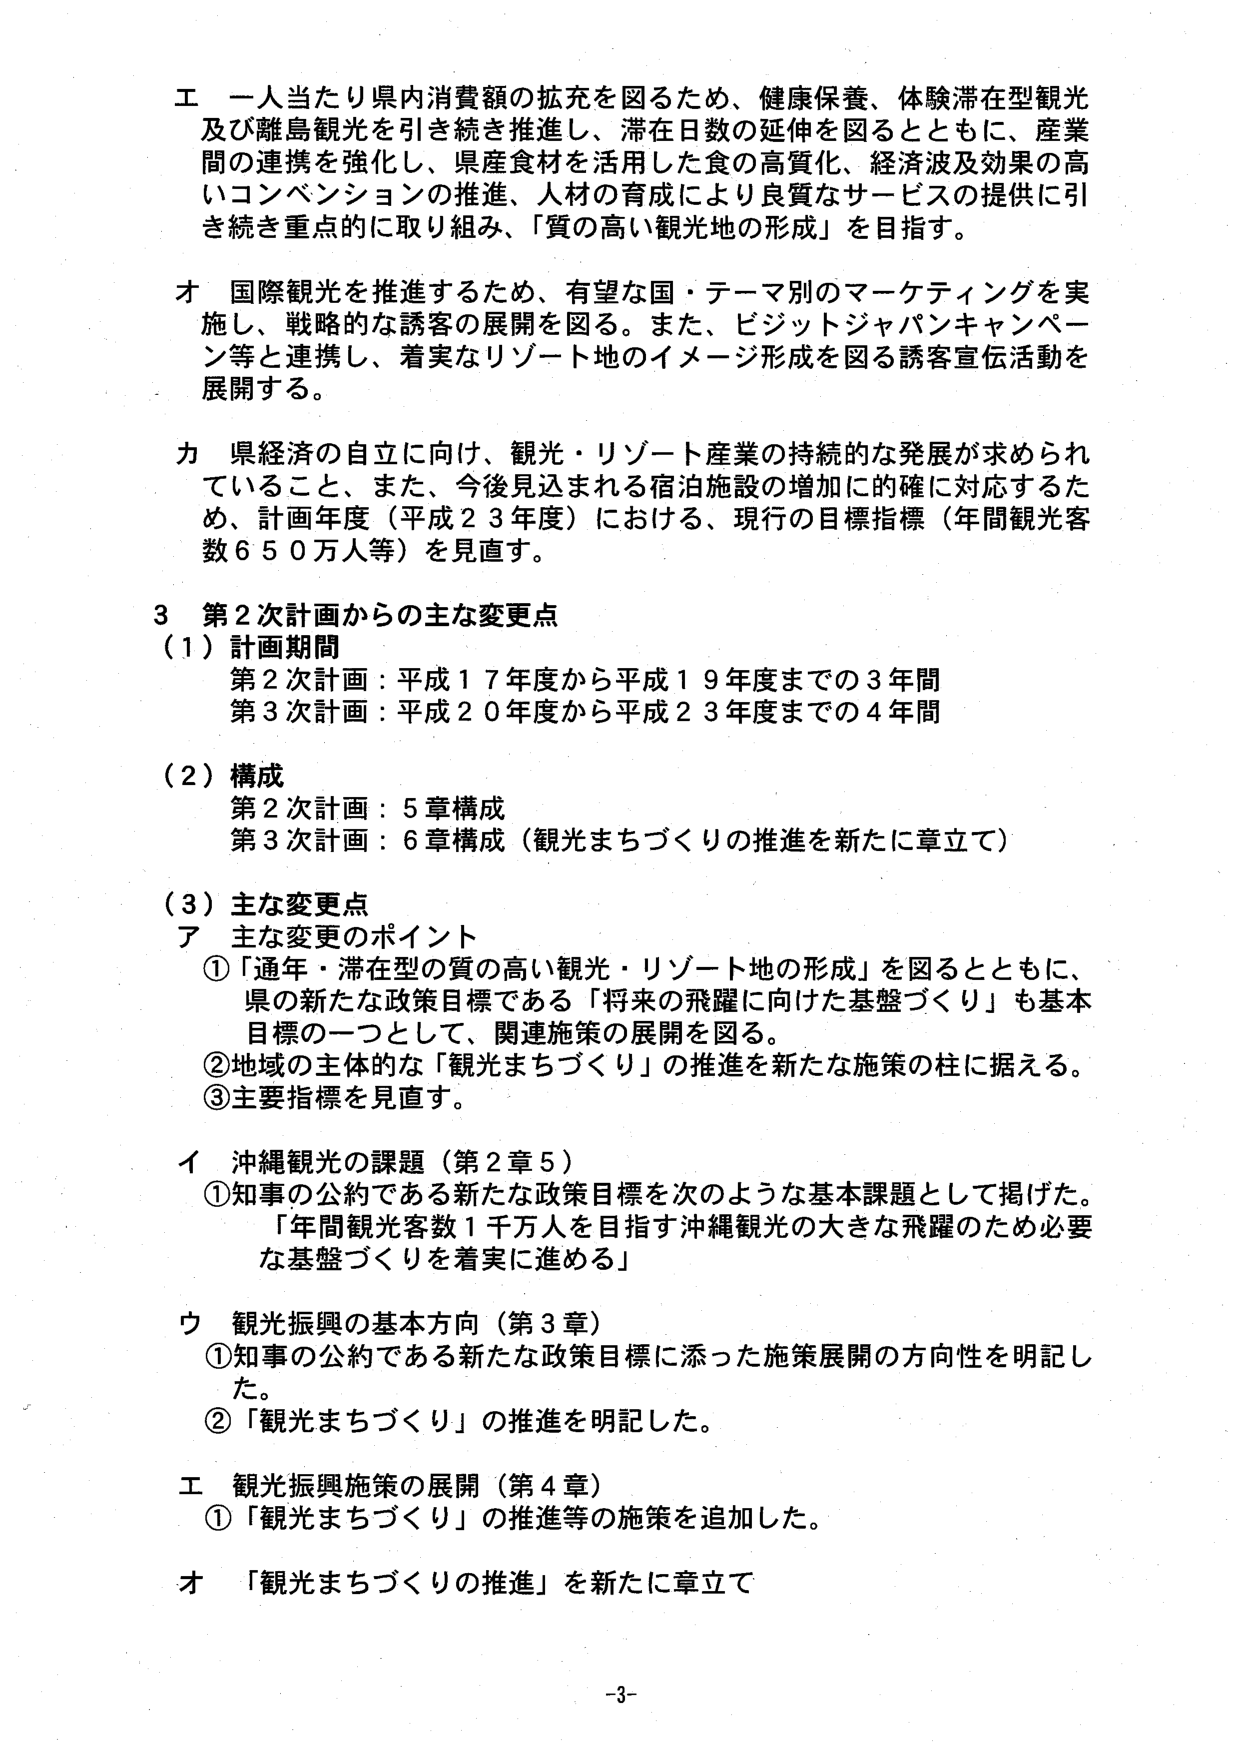
エ 一人当たり県内消費額の拡充を図るため、健康保養、体験滞在型観光及び離島観光を引き続き推進し、滞在日数の延伸を図るとともに、産業間の連携を強化し、県産食材を活用した食の高質化、経済波及効果の高いコンベンションの推進、人材の育成により良質なサービスの提供に引き続き重点的に取り組み、「質の高い観光地の形成」を目指す。

オ 国際観光を推進するため、有望な国・テーマ別のマーケティングを実施し、戦略的な誘客の展開を図る。また、ビジットジャパンキャンペーン等と連携し、着実なリゾート地のイメージ形成を図る誘客宣伝活動を展開する。

カ 県経済の自立に向け、観光・リゾート産業の持続的な発展が求められていること、また、今後見込まれる宿泊施設の増加に的確に対応するため、計画年度（平成23年度）における、現行の目標指標（年間観光客数650万人等）を見直す。

3 第2次計画からの主な変更点
（1）計画期間
第2次計画：平成17年度から平成19年度までの3年間
第3次計画：平成20年度から平成23年度までの4年間

（2）構成
第2次計画：5章構成
第3次計画：6章構成（観光まちづくりの推進を新たに章立て）

（3）主な変更点
ア 主な変更のポイント
①「通年・滞在型の質の高い観光・リゾート地の形成」を図るとともに、県の新たな政策目標である「将来の飛躍に向けた基盤づくり」も基本目標の一つとして、関連施策の展開を図る。
②地域の主体的な「観光まちづくり」の推進を新たな施策の柱に据える。
③主要指標を見直す。

イ 沖縄観光の課題（第2章5）
①知事の公約である新たな政策目標を次のような基本課題として掲げた。
「年間観光客数1千万人を目指す沖縄観光の大きな飛躍のため必要な基盤づくりを着実に進める」

ウ 観光振興の基本方向（第3章）
①知事の公約である新たな政策目標に添った施策展開の方向性を明記した。
②「観光まちづくり」の推進を明記した。

エ 観光振興施策の展開（第4章）
①「観光まちづくり」の推進等の施策を追加した。

オ 「観光まちづくりの推進」を新たに章立て

-3-